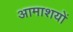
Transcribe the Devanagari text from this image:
आमाशयों